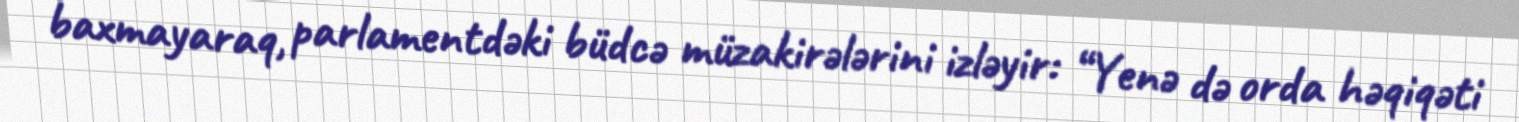
baxmayaraq, parlamentdəki büdcə müzakirələrini izləyir: “Yenə də orda həqiqəti